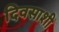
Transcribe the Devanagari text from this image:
दिवसाशी